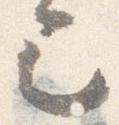
巳